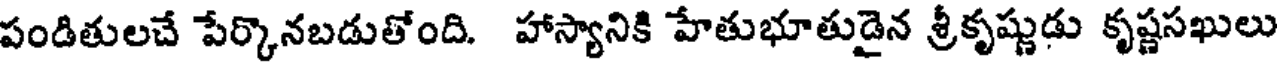
పండితులచే పేర్కొనబడుతోంది. హాస్యానికి హేతుభూతుడైన శ్రీకృష్ణుడు కృష్ణసఖులు